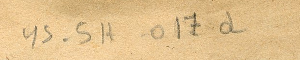
ys-5H-017d